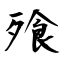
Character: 飱